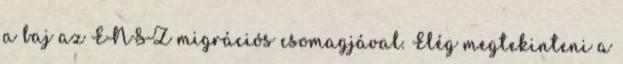
a baj az ENSZ migrációs csomagjával. Elég megtekinteni a